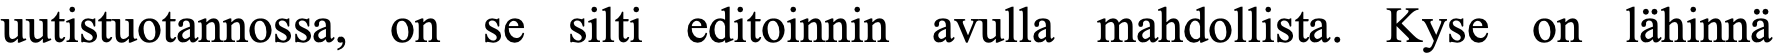
uutistuotannossa, on se silti editoinnin avulla mahdollista. Kyse on lähinnä